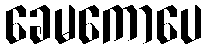
ခေမကောပေ